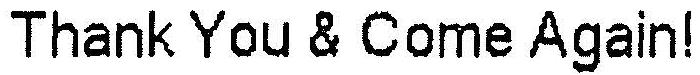
THANK YOU & COME AGAIN!